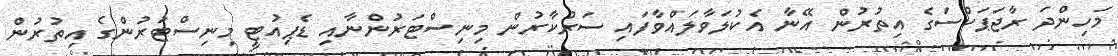
މަހިންދަ ރާޖަޕަކްސަގެ އިތުރުން އޭނާ އެކުލަވާލައްވާފައި ސަރުކާރުން މިނިސްޓަރުންނާއި ޑެޕިއުޓީ މިނިސްޓަރުންގެ އިތުރުން